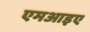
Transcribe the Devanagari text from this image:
एमआइए